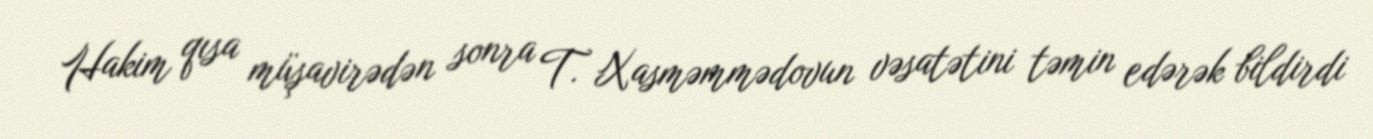
Hakim qısa müşavirədən sonra T. Xasməmmədovun vəsatətini təmin edərək bildirdi